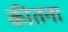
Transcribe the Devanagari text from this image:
कीतना